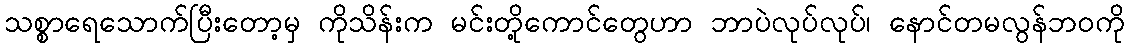
သစ္စာရေသောက်ပြီးတော့မှ ကိုသိန်းက မင်းတို့ကောင်တွေဟာ ဘာပဲလုပ်လုပ်၊ နောင်တမလွန်ဘဝကို